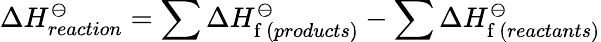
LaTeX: \Delta H_{reaction}^{\ominus}=\sum\Delta H_{\mathrm{f}\, (products)}^{\ominus}-\sum\Delta H_{\mathrm{f}\, (reactants)}^{\ominus}